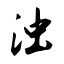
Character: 浊